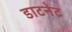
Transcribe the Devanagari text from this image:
डाटनेट